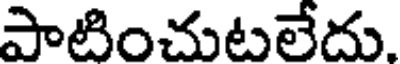
పాటించుటలేదు.